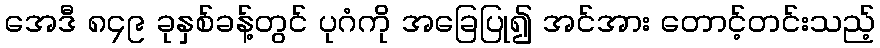
အေဒီ ၈၄၉ ခုနှစ်ခန့်တွင် ပုဂံကို အခြေပြု၍ အင်အား တောင့်တင်းသည့်